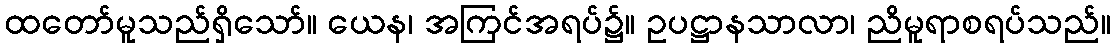
ထတော်မူသည်ရှိသော်။ ယေန၊ အကြင်အရပ်၌။ ဥပဋ္ဌာနသာလာ၊ ညိမူရာစရပ်သည်။